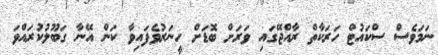
ނަމަވެސް ސްކައުޓް ހަރަކާތް ރާއްޖޭގައި ވަރަށް ބޮޑަށް ހީނަރުވެފައިވާ ކަން އޭނާ ގަބޫލުކުރައްވަ